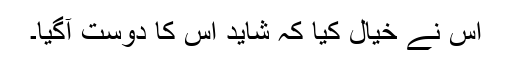
اس نے خیال کیا کہ شاید اس کا دوست آگیا۔